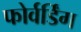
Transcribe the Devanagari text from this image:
फोर्वर्डिंग